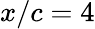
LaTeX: x/c=4